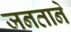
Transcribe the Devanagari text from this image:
जनताने